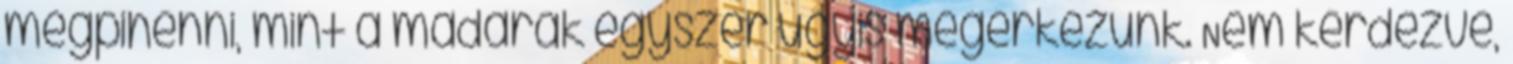
megpihenni, mint a madarak egyszer úgyis megérkezünk. Nem kérdezve,